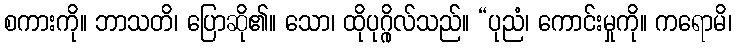
စကားကို။ ဘာသတိ၊ ပြောဆို၏။ သော၊ ထိုပုဂ္ဂိုလ်သည်။ “ပုညံ၊ ကောင်းမှုကို။ ကရောမိ၊